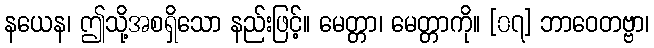
နယေန၊ ဤသို့အစရှိသော နည်းဖြင့်။ မေတ္တာ၊ မေတ္တာကို။ [၀၇] ဘာဝေတဗ္ဗာ၊